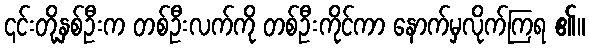
၎င်းတို့နှစ်ဦးက တစ်ဦးလက်ကို တစ်ဦးကိုင်ကာ နောက်မှလိုက်ကြရ ၏။